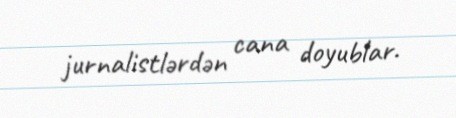
jurnalistlərdən cana doyublar.